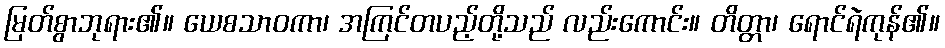
မြတ်စွာဘုရား၏။ ယေစသာဝကာ၊ အကြင်တပည့်တို့သည် လည်းကောင်း။ တိတ္တာ၊ ရောင်ရဲကုန်၏။